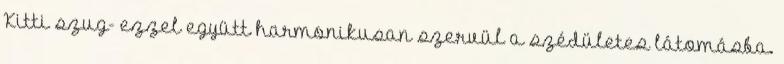
Kitti szug- ezzel együtt harmonikusan szervül a szédületes látomásba.